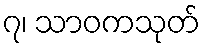
၇၊ သာဝကသုတ်